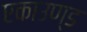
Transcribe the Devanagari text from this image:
एकाउण्ड